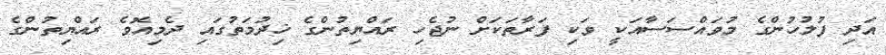
އަދި ފުލުހުންގެ މުވައްސަސާއަކީ ވަކި ފަރާތަކަށް ނުޖެހި ރައްޔިތުންގެ ޚިދުމަތުގައި ދެމިއޮވެ ރައްޔިތުންގެ